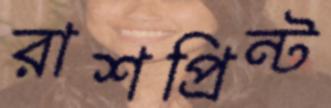
রাশপ্রিন্ট